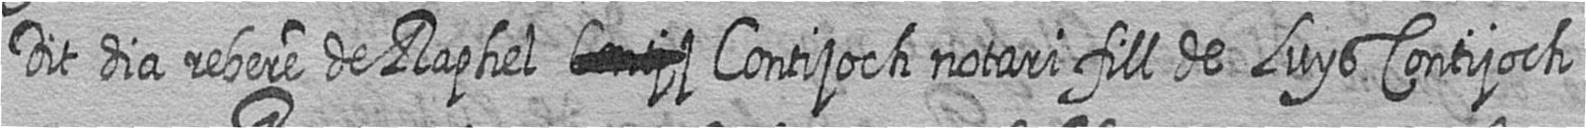
Dit dia rebere de Raphel # Contijoch notari fill de Luys Contijoch